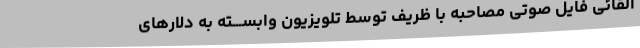
القائی فایل صوتی مصاحبه با ظریف توسط تلویزیون وابســـته به دلارهای